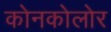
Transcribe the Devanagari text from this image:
कोनकोलोर